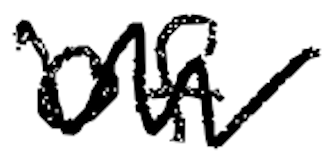
Text: of
Cross-out: mix
Writing tool: digital_black